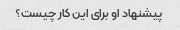
پیشنهاد او برای این کار چیست؟